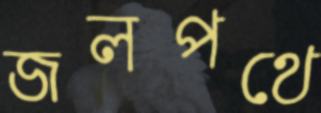
জলপথে